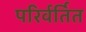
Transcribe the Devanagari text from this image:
परिर्वर्तित